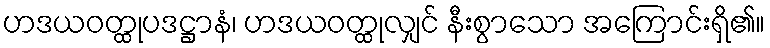
ဟဒယဝတ္ထုပဒဋ္ဌာနံ၊ ဟဒယဝတ္ထုလျှင် နီးစွာသော အကြောင်းရှိ၏။